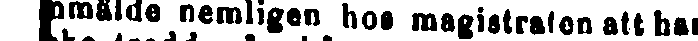
nmälde nemligen hos magistraten att han